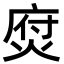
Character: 焤